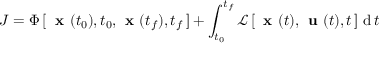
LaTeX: J = \Phi \, [ \, { \textbf { x } } ( t _ { 0 } ) , t _ { 0 } , { \textbf { x } } ( t _ { f } ) , t _ { f } \, ] + \int _ { t _ { 0 } } ^ { t _ { f } } { \mathcal { L } } \, [ \, { \textbf { x } } ( t ) , { \textbf { u } } ( t ) , t \, ] \, \operatorname { d } t